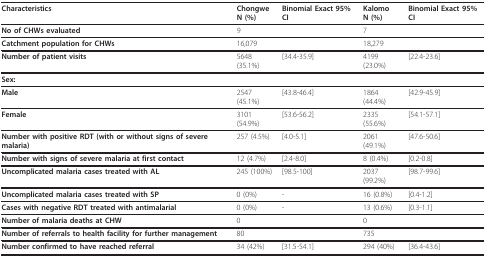
| Characteristics | ChongweN (%) | Binomial Exact 95% CI | KalomoN (%) | Binomial Exact 95% CI |
 | --- | --- | --- | --- | --- |
 | No of CHWs evaluated | 9 |  | 7 |  |
 | Catchment population for CHWs | 16,079 |  | 18,279 |  |
 | Number of patient visits | 5648 (35.1%) | [34.4-35.9] | 4199 (23.0%) | [22.4-23.6] |
 | Sex: |  |  |  |  |
 | Male | 2547 (45.1%) | [43.8-46.4] | 1864 (44.4%) | [42.9-45.9] |
 | Female | 3101 (54.9%) | [53.6-56.2] | 2335 (55.6%) | [54.1-57.1] |
 | Number with positive RDT (with or without signs of severe malaria) | 257 (4.5%) | [4.0-5.1] | 2061 (49.1%) | [47.6-50.6] |
 | Number with signs of severe malaria at first contact | 12 (4.7%) | [2.4-8.0] | 8 (0.4%) | [0.2-0.8] |
 | Uncomplicated malaria cases treated with AL | 245 (100%) | [98.5-100] | 2037 (99.2%) | [98.7-99.6] |
 | Uncomplicated malaria cases treated with SP | 0 (0%) | - | 16 (0.8%) | [0.4-1.2] |
 | Cases with negative RDT treated with antimalarial | 0 (0%) | - | 13 (0.6%) | [0.3-1.1] |
 | Number of malaria deaths at CHW | 0 |  | 0 |  |
 | Number of referrals to health facility for further management | 80 |  | 735 |  |
 | Number confirmed to have reached referral | 34 (42%) | [31.5-54.1] | 294 (40%) | [36.4-43.6] |